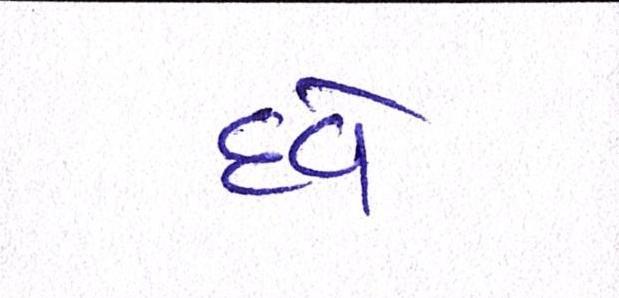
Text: દવે